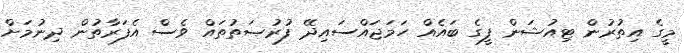
މީގެ އިތުރުން ޓިއުޝަން ފީގެ ބައެއް ހަމަޖައްސައިދޭ ފުރުޞަތުތައް ވެސް އެފަރާތުން ދިނުމަށް